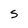
Character: S